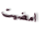
امضيت